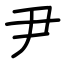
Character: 尹